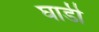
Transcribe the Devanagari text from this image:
घाडी